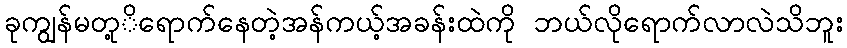
ခုကျွန်မတု့ိရောက်နေတဲ့အန်ကယ့်အခန်းထဲကို ဘယ်လိုရောက်လာလဲသိဘူး